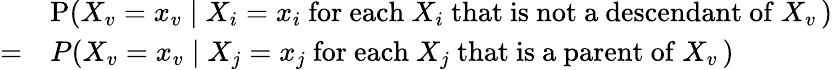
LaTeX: {\begin{array}{rl}&{\operatorname{P}(X_{v}=x_{v}\mid X_{i}=x_{i}{\mathrm{~for~each~}}X_{i}{\mathrm{~that~is~not~a~descendant~of~}}X_{v}\, )}\\ {=}&{P(X_{v}=x_{v}\mid X_{j}=x_{j}{\mathrm{~for~each~}}X_{j}{\mathrm{~that~is~a~parent~of~}}X_{v}\, )}\end{array}}